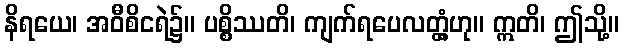
နိရယေ၊ အဝီစိငရဲ၌။ ပစ္စိဿတိ၊ ကျက်ရပေလတ္တံ့ဟု။ ဣတိ၊ ဤသို့။